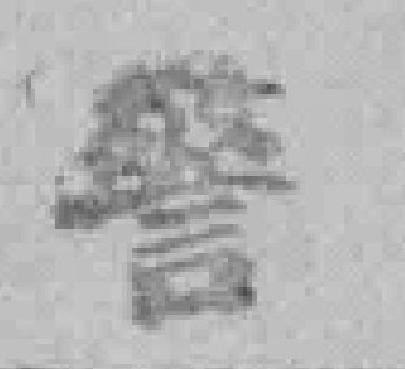
警